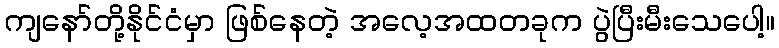
ကျနော်တို့နိုင်ငံမှာ ဖြစ်နေတဲ့ အလေ့အထတခုက ပွဲပြီးမီးသေပေါ့။